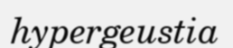
hypergeustia